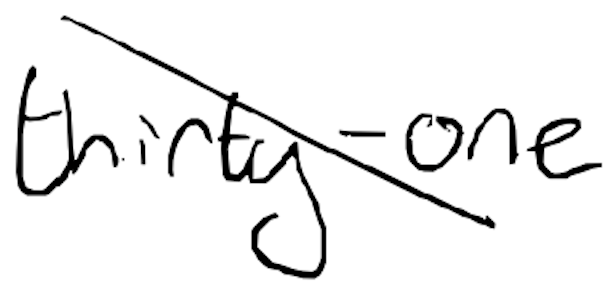
Text: thirty-one
Cross-out: diagonal
Writing tool: digital_black